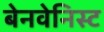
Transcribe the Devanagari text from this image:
बेनवेनिस्ट